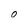
Character: 0